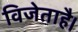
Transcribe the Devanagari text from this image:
विजेताहै।